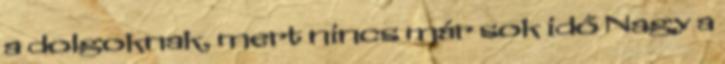
a dolgoknak, mert nincs már sok idő Nagy a